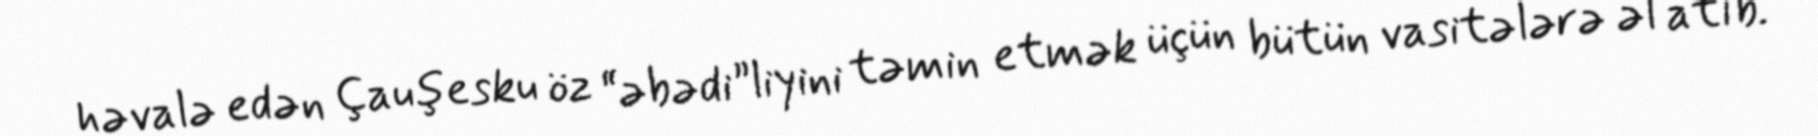
həvalə edən Çauşesku öz “əbədi”liyini təmin etmək üçün bütün vasitələrə əl atıb.